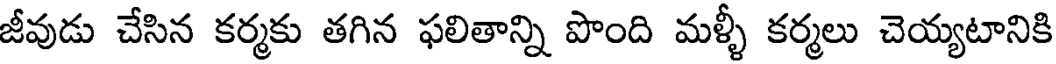
జీవుడు చేసిన కర్మకు తగిన ఫలితాన్ని పొంది మళ్ళీ కర్మలు చెయ్యటానికి